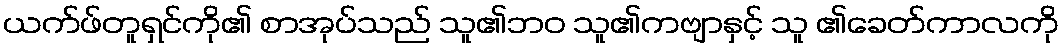
ယက်ဖ်တူရှင်ကို၏ စာအုပ်သည် သူ၏ဘဝ သူ၏ကဗျာနှင့် သူ ၏ခေတ်ကာလကို